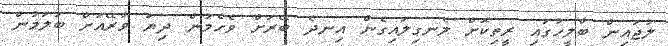
ލުޖައިން ބާލީހުގައި ރީތިކޮށް ލެނގިލައިގެން އިނދެ ބޭރަށް ވެހެމުން ދިޔަ ވާރޭއަށް ބަލަމުން